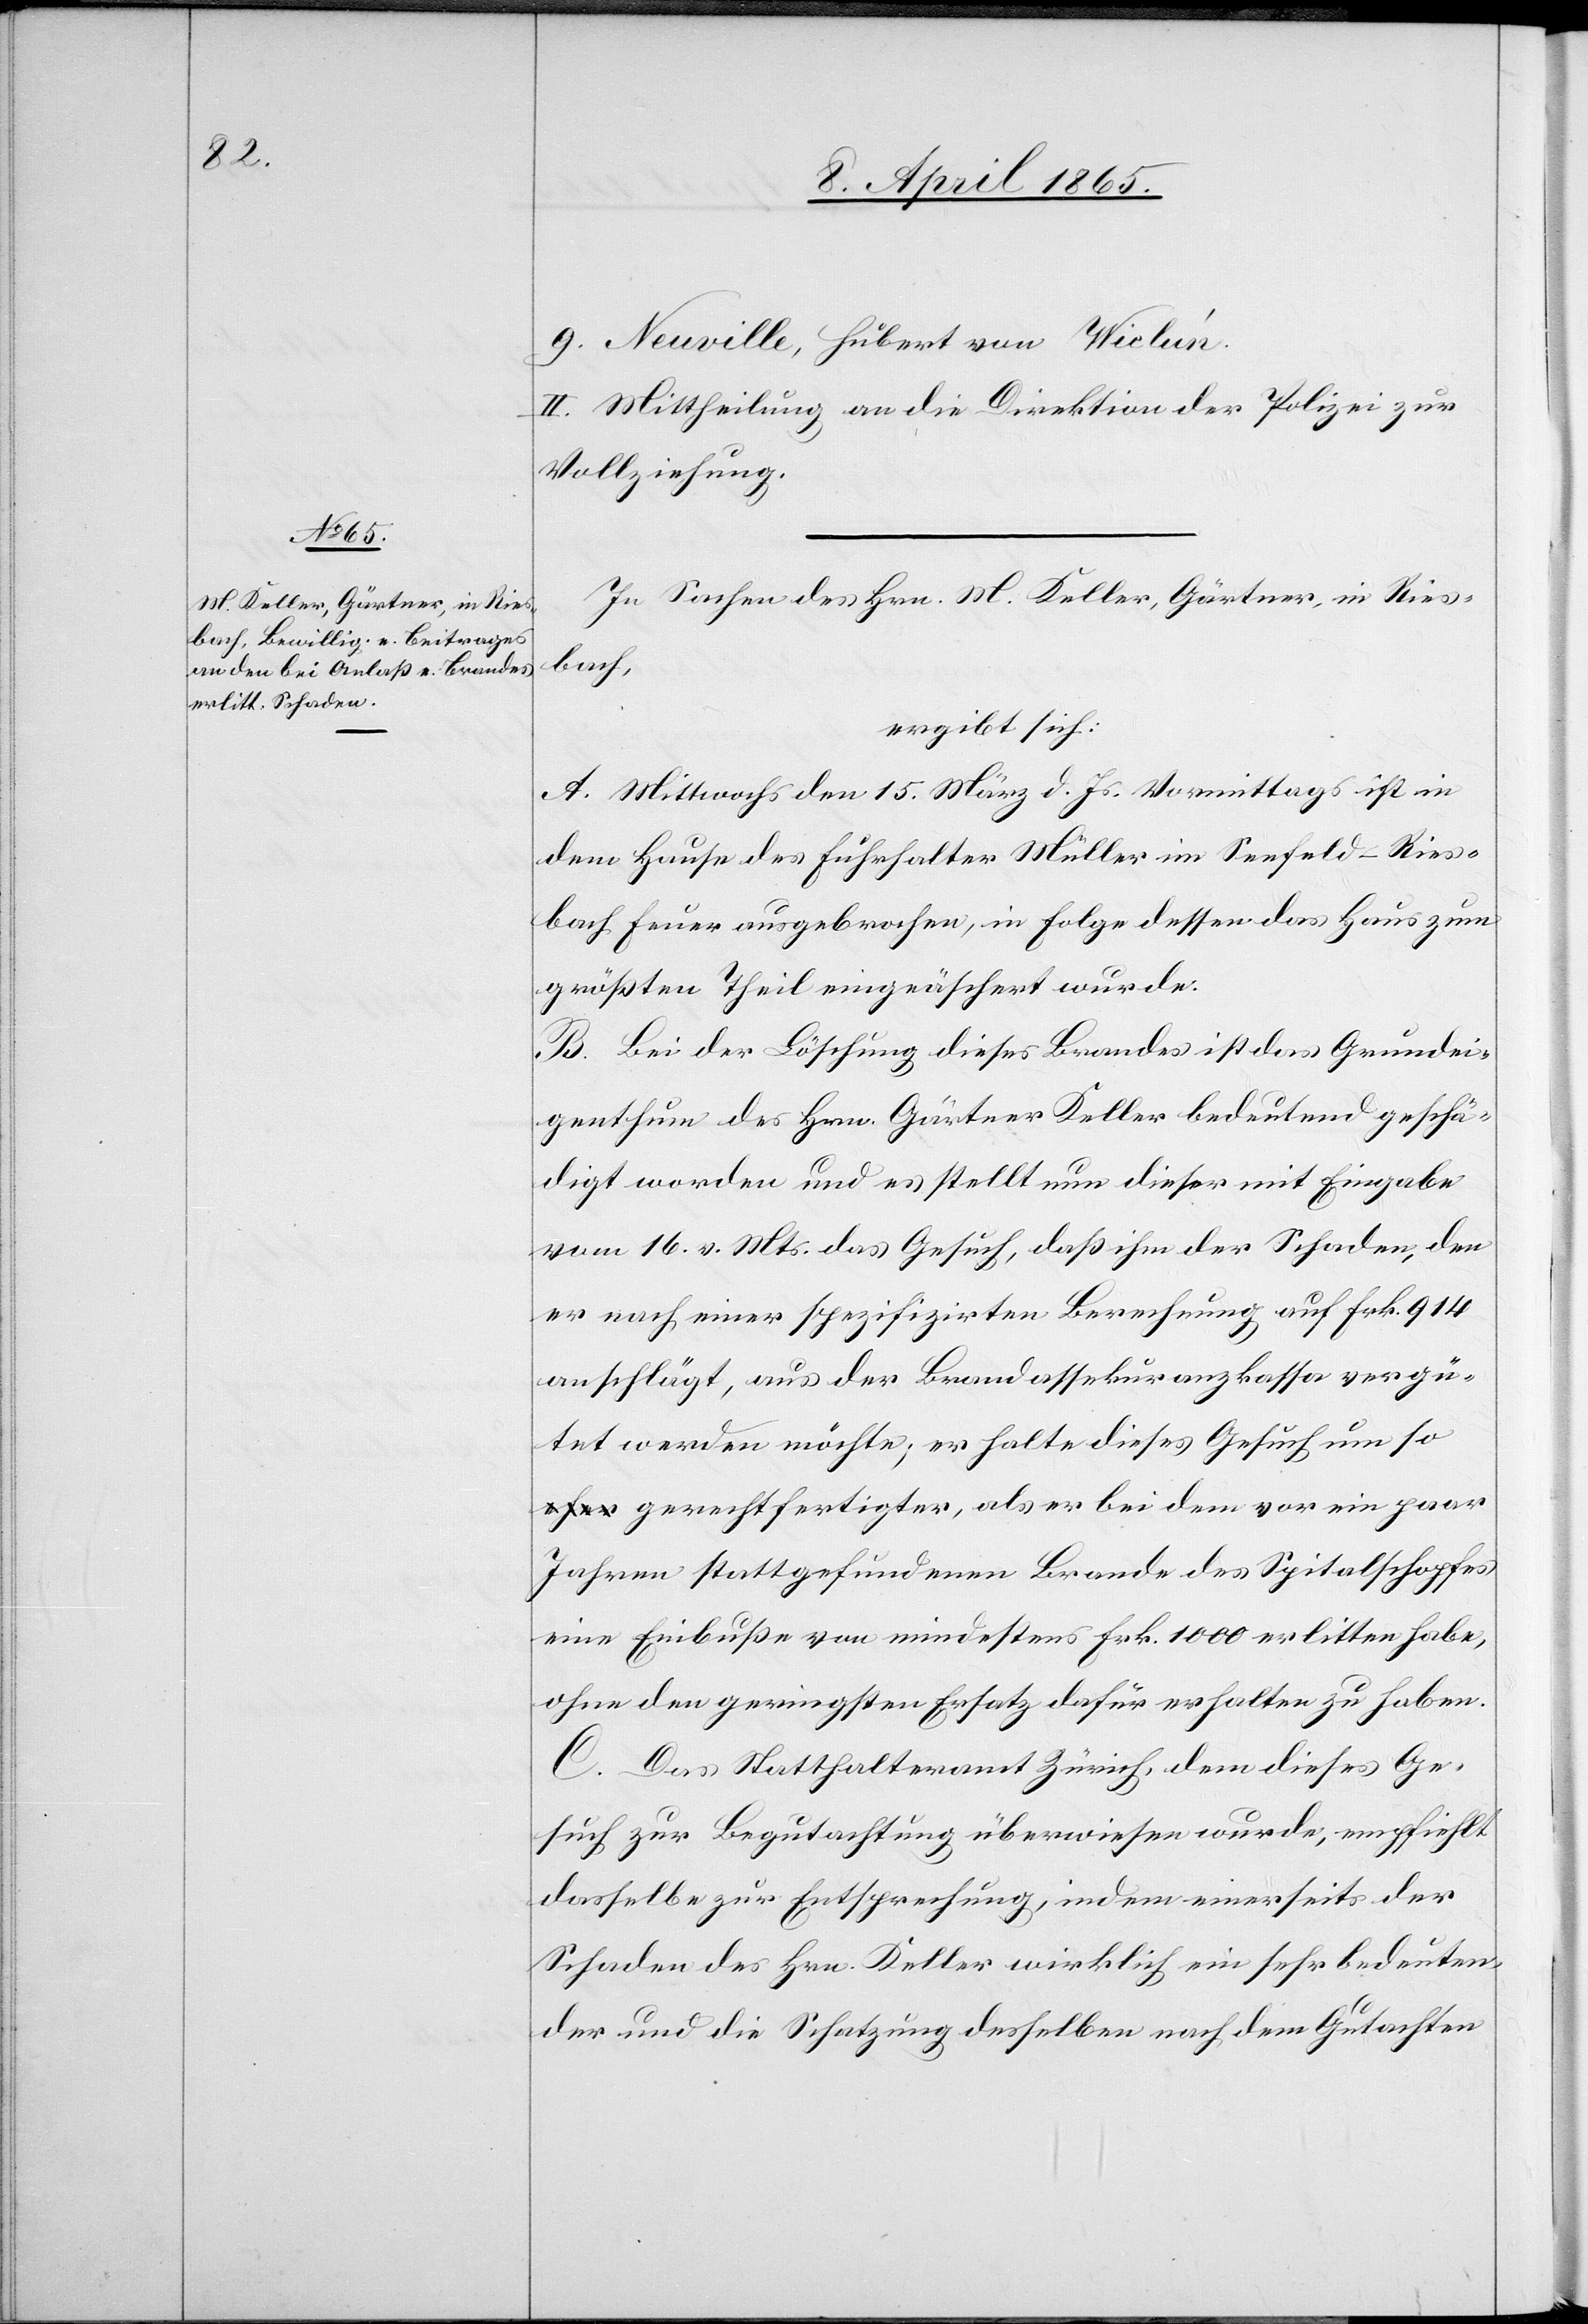
9. Neuville, Hubert von Wiclún.
II. Mittheilung an die Direktion der Polizei zur
Vollziehung.
In Sachen des Hrn. M. Keller, Gärtner, in Ries¬
bach,
ergibt sicht:
A. Mittwochs den 15. März d. Js. Vormittags ist in
dem Hause des Führhalter Müller im Seefeld-Ries¬
bach Feuer ausgebrochen, in Folge dessen das Haus zum
größten Theil eingeäschert wurde.
B. Bei der Löschung dieses Brandes ist das Grundei¬
genthum des Hrn. Gärtner Keller bedeutend geschä¬
digt worden und es stellt nun dieser mit Eingabe
vom 16. v. Mts. das Gesuch, daß ihm der Schaden, den
er nach einer spezifizirten Berechnung auf Frk. 914
anschlägt, aus der Brandassekuranzkassa vergü¬
tet werden möchte; er halte dieses Gesuch um s¬
o gerechtfertigter, als er bei dem vor ein paar
Jahren stattgefundenen Brande des Spitalschopfes
eine Einbuße von mindestens Frk. 1000 erlitten habe,
ohne den geringsten Ersatz dafür erhalten zu haben.
C. Das Statthalteramt Zürich, dem dieses Ge¬
such zur Begutachtung überwiesen wurde, empfiehlt
dasselbe zur Entsprechung, indem einerseits der
Schaden des Hrn. Keller wirklich ein sehr bedeuten¬
der und die Schatzung desselben nach dem Gutachten